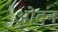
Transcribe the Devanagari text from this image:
ओदन